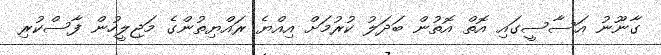
ގާނޫނު އަސާސީގައި އޮތް އޮތުން ބަދަލު ކުރުމަށް އިއްޔެ ރައްޔިތުންގެ މަޖިލީހުން ފާސްކުރި